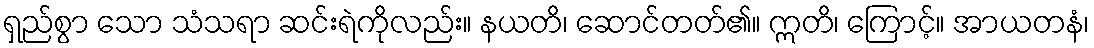
ရှည်စွာ သော သံသရာ ဆင်းရဲကိုလည်း။ နယတိ၊ ဆောင်တတ်၏။ ဣတိ၊ ကြောင့်။ အာယတနံ၊